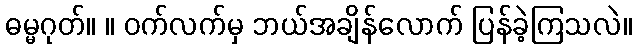
ဓမ္မဂုတ်။ ။ ဝက်လက်မှ ဘယ်အချိန်လောက် ပြန်ခဲ့ကြသလဲ။